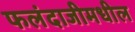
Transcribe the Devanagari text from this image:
फलंदाजीमधील